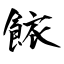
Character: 餏